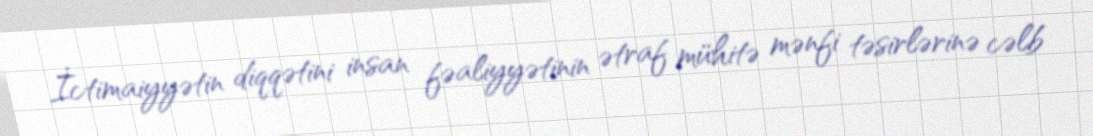
İctimaiyyətin diqqətini insan fəaliyyətinin ətraf mühitə mənfi təsirlərinə cəlb